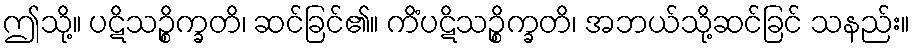
ဤသို့။ ပဋိသဉ္စိက္ခတိ၊ ဆင်ခြင်၏။ ကိံပဋိသဉ္စိက္ခတိ၊ အဘယ်သို့ဆင်ခြင် သနည်း။